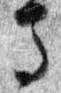
馬